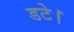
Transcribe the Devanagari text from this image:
डटे।